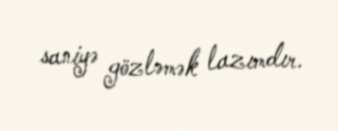
saniyə gözləmək lazımdır.